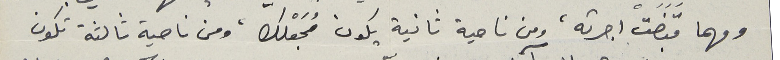
ومهما قَبَضَتْ اجرته، ومن ناحية ثانية يكون مُجَعْلك، ومن ناحية ثالثة تكون